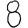
Digit: 8